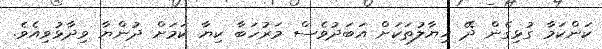
ކަންކަމާ ގުޅިގެން ދޭ ޚިޔާލުތަކަށް އަބަދުވެސް މަރުހަބާ ކިޔާ ކަމަށް ދުންޔާ ވިދާޅުވިއެވެ.